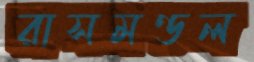
রাসমণ্ডল